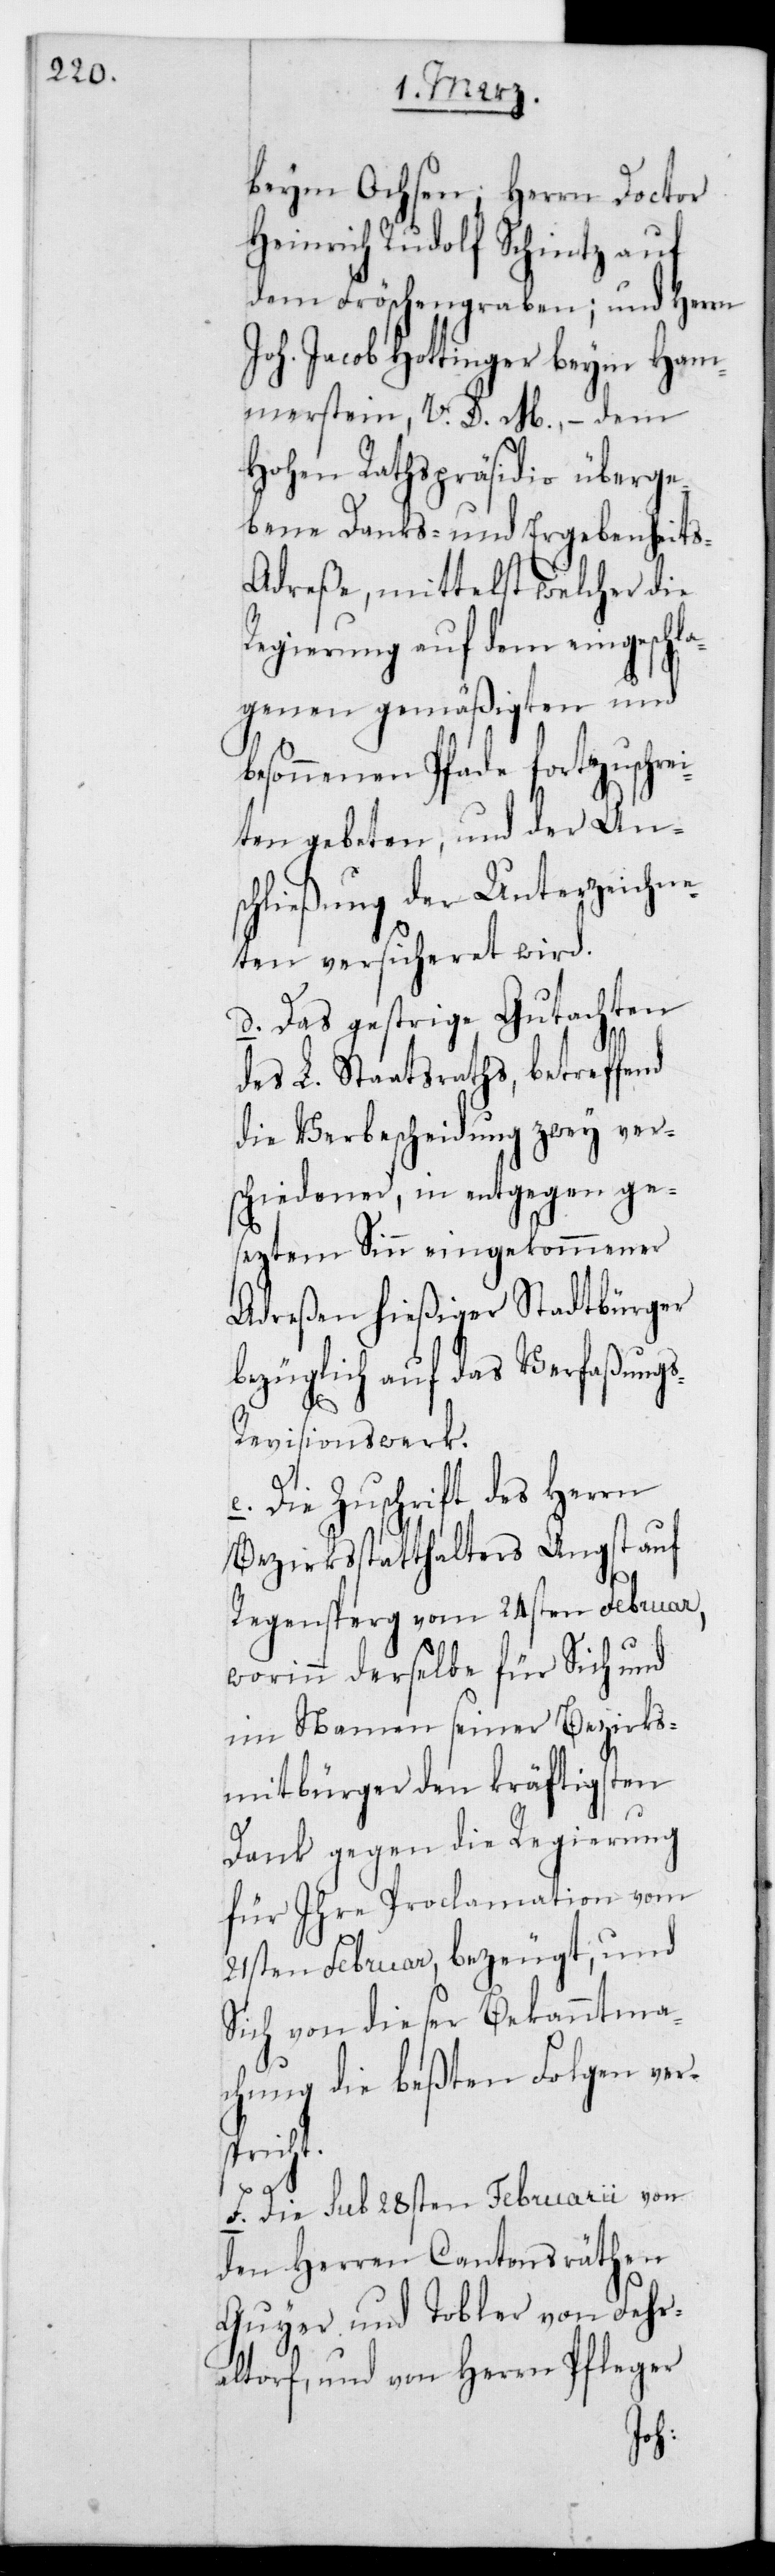
beym Ochsen; Herrn Doctor
Heinrich Rudolf Schintz auf
dem Fröschengraben; und Herrn
Joh. Jacob Hottinger beym Ham¬
merstein, V.D. M., – dem
Hohen Rathspräsidio überge¬
bene Danks- und Ergebenheit¬
dreße, mittelst welcher die
Regierung auf dem eingeschl¬
agenen gemäßigten und
besonnenen Pfade fortzuschre¬
iten gebeten, und der An¬
schließung der Unterzeichne¬
ten versicheret wird.
d. Das gestrige Gutachten
des L. Staatsraths, betreffend
die Verbescheidung zwey ver¬
schiedener, in entgegen ge¬
seztem Sinn eingekommener
Adreßen hießiger Stadtbürger,
bezüglich auf das Verfaßung¬
s-Revisionswerk.
e. Die Zuschrift des Herrn
Bezirksstatthalters Angst auf
Regensberg vom 24sten Februar,
worinn derselbe für Sich und
im Namen seiner Bezirks¬
mitbürger den kräftigsten
Dank gegen die Regierung
für ihre Proclamation vom
21sten Februar bezeugt, und
sich von dieser Bekanntma¬
chung die beßten Folgen ver¬
spricht.
f. Die sub 28sten Februarii von
den Herren Cantonsräthen
Guyer und Tobler von Fehr¬
altorf und von Herrn Pfleger
s-A¬